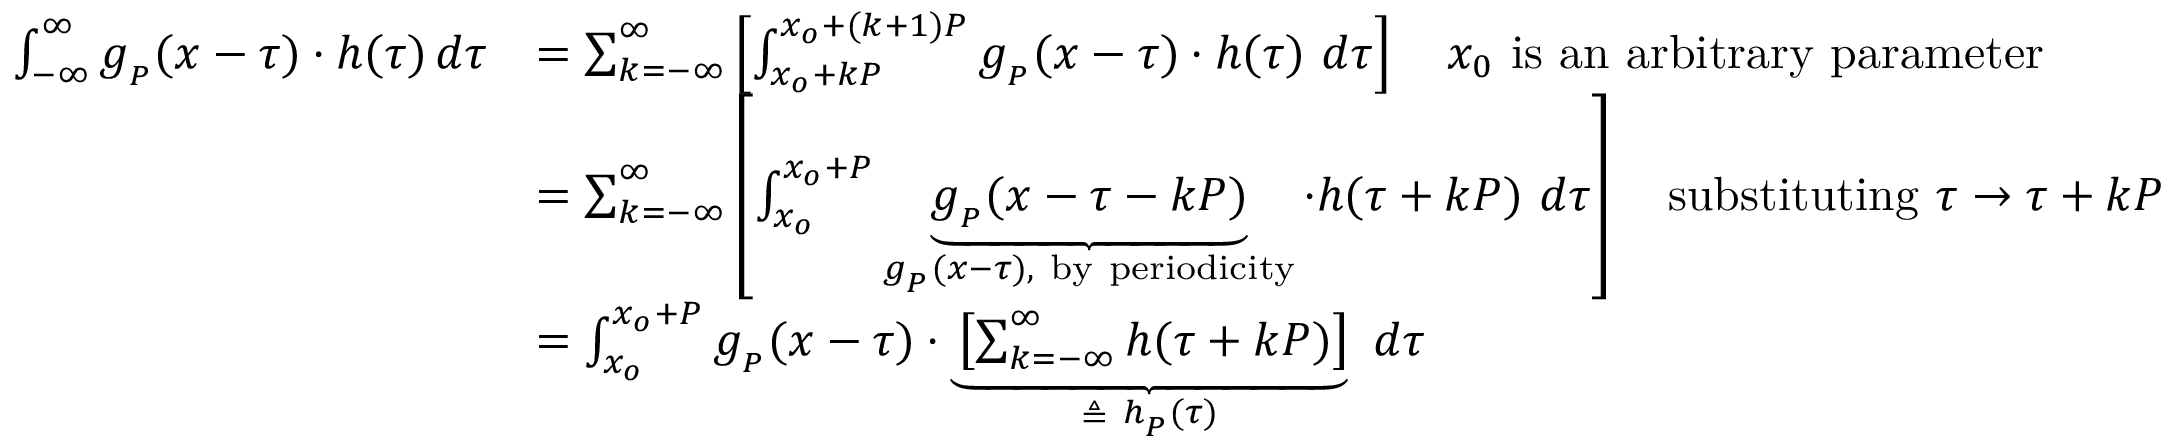
{ \begin{array} { r l } { \int _ { - \infty } ^ { \infty } g _ { _ { P } } ( x - \tau ) \cdot h ( \tau ) \, d \tau } & { = \sum _ { k = - \infty } ^ { \infty } \left[ \int _ { x _ { o } + k P } ^ { x _ { o } + ( k + 1 ) P } g _ { _ { P } } ( x - \tau ) \cdot h ( \tau ) \ d \tau \right] \quad x _ { 0 } { \mathrm { ~ i s ~ a n ~ a r b i t r a r y ~ p a r a m e t e r } } } \\ & { = \sum _ { k = - \infty } ^ { \infty } \left[ \int _ { x _ { o } } ^ { x _ { o } + P } \underbrace { g _ { _ { P } } ( x - \tau - k P ) } _ { g _ { _ { P } } ( x - \tau ) , { \mathrm { ~ b y ~ p e r i o d i c i t y } } } \cdot h ( \tau + k P ) \ d \tau \right] \quad { \mathrm { s u b s t i t u t i n g ~ } } \tau \rightarrow \tau + k P } \\ & { = \int _ { x _ { o } } ^ { x _ { o } + P } g _ { _ { P } } ( x - \tau ) \cdot \underbrace { \left[ \sum _ { k = - \infty } ^ { \infty } h ( \tau + k P ) \right] } _ { \triangleq \ h _ { _ { P } } ( \tau ) } \ d \tau } \end{array} }